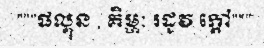
"""ផល្គុន , គិម្ហៈ រដូវ ក្តៅ"""